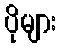
ပိုများ